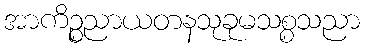
အာကိဉ္စညာယတနသုခုမသစ္စသညာ